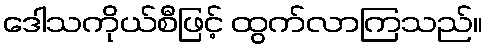
ဒေါသကိုယ်စီဖြင့် ထွက်လာကြသည်။